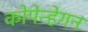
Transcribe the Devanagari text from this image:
कोपेन्हेगन